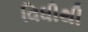
વિધીથી